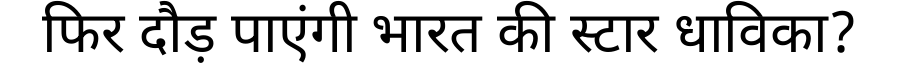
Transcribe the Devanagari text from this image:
फिर दौड़ पाएंगी भारत की स्टार धाविका?